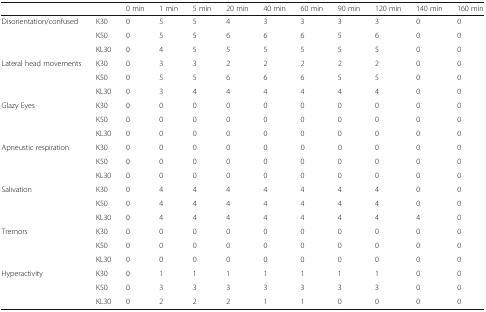
|  |  | 0 min | 1 min | 5 min | 20 min | 40 min | 60 min | 90 min | 120 min | 140 min | 160 min |
 | --- | --- | --- | --- | --- | --- | --- | --- | --- | --- | --- | --- |
 | <ROWSPAN=3> Disorientation/confused | K30 | 0 | 5 | 5 | 4 | 3 | 3 | 3 | 3 | 0 | 0 |
 | K50 | 0 | 5 | 5 | 6 | 6 | 6 | 5 | 6 | 0 | 0 |
 | KL30 | 0 | 4 | 5 | 5 | 5 | 5 | 5 | 5 | 0 | 0 |
 | <ROWSPAN=3> Lateral head movements | K30 | 0 | 3 | 3 | 2 | 2 | 2 | 2 | 2 | 0 | 0 |
 | K50 | 0 | 5 | 5 | 6 | 6 | 6 | 5 | 5 | 0 | 0 |
 | KL30 | 0 | 3 | 4 | 4 | 4 | 4 | 4 | 4 | 0 | 0 |
 | <ROWSPAN=3> Glazy Eyes | K30 | 0 | 0 | 0 | 0 | 0 | 0 | 0 | 0 | 0 | 0 |
 | K50 | 0 | 0 | 0 | 0 | 0 | 0 | 0 | 0 | 0 | 0 |
 | KL30 | 0 | 0 | 0 | 0 | 0 | 0 | 0 | 0 | 0 | 0 |
 | <ROWSPAN=3> Apneustic respiration | K30 | 0 | 0 | 0 | 0 | 0 | 0 | 0 | 0 | 0 | 0 |
 | K50 | 0 | 0 | 0 | 0 | 0 | 0 | 0 | 0 | 0 | 0 |
 | KL30 | 0 | 0 | 0 | 0 | 0 | 0 | 0 | 0 | 0 | 0 |
 | <ROWSPAN=3> Salivation | K30 | 0 | 4 | 4 | 4 | 4 | 4 | 4 | 4 | 0 | 0 |
 | K50 | 0 | 4 | 4 | 4 | 4 | 4 | 4 | 4 | 0 | 0 |
 | KL30 | 0 | 4 | 4 | 4 | 4 | 4 | 4 | 4 | 4 | 0 |
 | <ROWSPAN=3> Tremors | K30 | 0 | 0 | 0 | 0 | 0 | 0 | 0 | 0 | 0 | 0 |
 | K50 | 0 | 0 | 0 | 0 | 0 | 0 | 0 | 0 | 0 | 0 |
 | KL30 | 0 | 0 | 0 | 0 | 0 | 0 | 0 | 0 | 0 | 0 |
 | <ROWSPAN=3> Hyperactivity | K30 | 0 | 1 | 1 | 1 | 1 | 1 | 1 | 1 | 0 | 0 |
 | K50 | 0 | 3 | 3 | 3 | 3 | 3 | 3 | 3 | 0 | 0 |
 | KL30 | 0 | 2 | 2 | 2 | 1 | 1 | 0 | 0 | 0 | 0 |